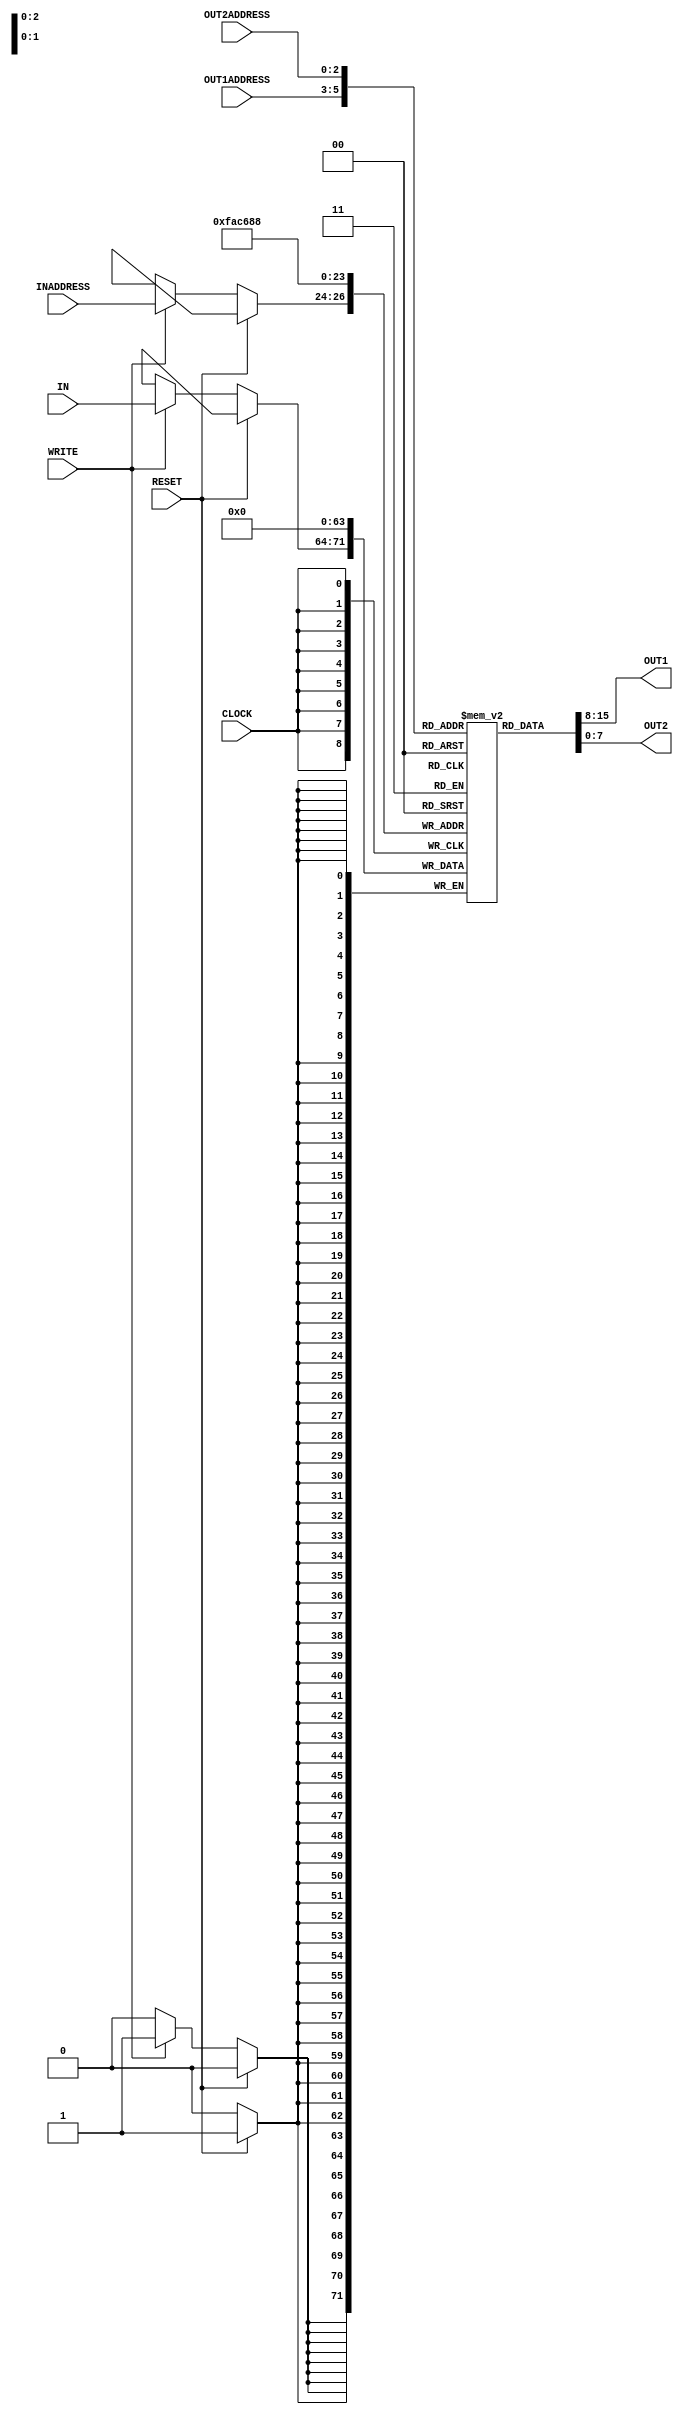
module reg_file(OUT2ADDRESS, OUT1ADDRESS,INADDRESS,IN,WRITE,CLOCK,RESET,OUT1,OUT2);
    input [2:0] OUT2ADDRESS, OUT1ADDRESS, INADDRESS;
    input [7:0] IN;
    input WRITE, CLOCK, RESET;
    output [7:0] OUT1, OUT2;

    reg [7:0] REGISTER [7:0];

    integer i;

    assign #2 OUT1 = REGISTER[OUT1ADDRESS];
    assign #2 OUT2 = REGISTER[OUT2ADDRESS];

    always @(posedge CLOCK)
    begin
    // Synchronous register operations (Write and Reset)
        if (RESET == 1'b1)
        begin
            #1 for (i = 0; i < 8; i = i + 1)
            begin
                REGISTER[i] <= 8'b00000000;
            end
        end
        else if (WRITE == 1'b1)
        begin
            #1 REGISTER[INADDRESS] <= IN;
        end
    end 
endmodule